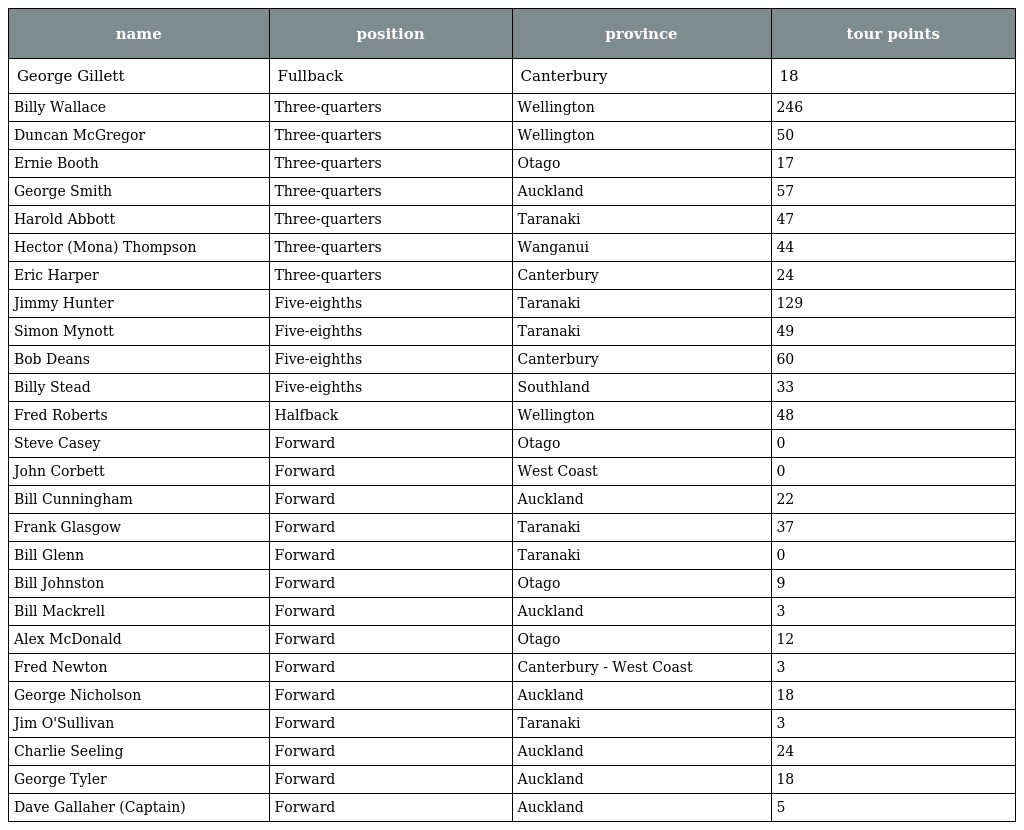
| name | position | province | tour points |
 | --- | --- | --- | --- |
 | George Gillett | Fullback | Canterbury | 18 |
 | Billy Wallace | Three-quarters | Wellington | 246 |
 | Duncan McGregor | Three-quarters | Wellington | 50 |
 | Ernie Booth | Three-quarters | Otago | 17 |
 | George Smith | Three-quarters | Auckland | 57 |
 | Harold Abbott | Three-quarters | Taranaki | 47 |
 | Hector (Mona) Thompson | Three-quarters | Wanganui | 44 |
 | Eric Harper | Three-quarters | Canterbury | 24 |
 | Jimmy Hunter | Five-eighths | Taranaki | 129 |
 | Simon Mynott | Five-eighths | Taranaki | 49 |
 | Bob Deans | Five-eighths | Canterbury | 60 |
 | Billy Stead | Five-eighths | Southland | 33 |
 | Fred Roberts | Halfback | Wellington | 48 |
 | Steve Casey | Forward | Otago | 0 |
 | John Corbett | Forward | West Coast | 0 |
 | Bill Cunningham | Forward | Auckland | 22 |
 | Frank Glasgow | Forward | Taranaki | 37 |
 | Bill Glenn | Forward | Taranaki | 0 |
 | Bill Johnston | Forward | Otago | 9 |
 | Bill Mackrell | Forward | Auckland | 3 |
 | Alex McDonald | Forward | Otago | 12 |
 | Fred Newton | Forward | Canterbury - West Coast | 3 |
 | George Nicholson | Forward | Auckland | 18 |
 | Jim O'Sullivan | Forward | Taranaki | 3 |
 | Charlie Seeling | Forward | Auckland | 24 |
 | George Tyler | Forward | Auckland | 18 |
 | Dave Gallaher (Captain) | Forward | Auckland | 5 |